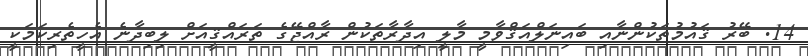
14. ބޭރު ޤައުމުތަކުންނާއި ބައިނަލްއަޤްވާމީ މާލީ އިދާރާތަކުން ރާއްޖޭގެ ތަރައްޤީއަށް ލިބިދާނެ އެހީތެރިކަމަކީ